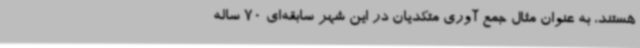
هستند، به عنوان مثال جمع آوری متکدیان در این شهر سابقه‌ای 70 ساله